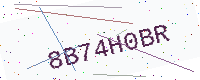
Text: 8B74H0BR